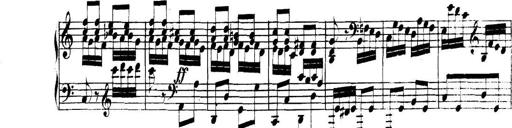
Title: Collected Piano Sonatas
Composer: Muzio Clementi